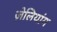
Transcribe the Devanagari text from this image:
ज़ेलियांग